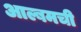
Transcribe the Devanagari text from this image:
आल्बमची